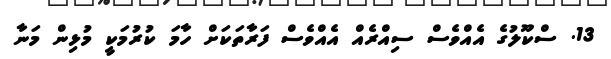
13. ސްކޫލުގެ އެއްވެސް ސިއްރެއް އެއްވެސް ފަރާތަކަށް ހާމަ ކުރުމަކީ މުޅިން މަނާ